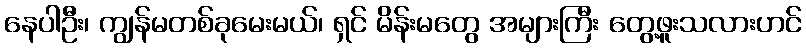
နေပါဦး၊ ကျွန်မတစ်ခုမေးမယ်၊ ရှင် မိန်းမတွေ အများကြီး တွေ့ဖူးသလားဟင်